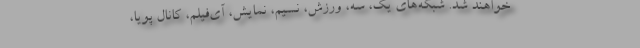
خواهند شد. شبکه‌های یک، سه، ورزش، نسیم، نمایش، آی‌فیلم، کانال پویا،